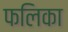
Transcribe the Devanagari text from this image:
फलिका